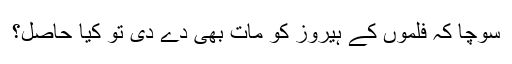
سوچا کہ فلموں کے ہیروز کو مات بھی دے دی تو کیا حاصل؟